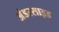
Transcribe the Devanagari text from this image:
अंडरसाइड